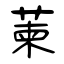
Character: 萰